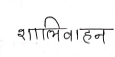
मजकूर: शालिवाहन